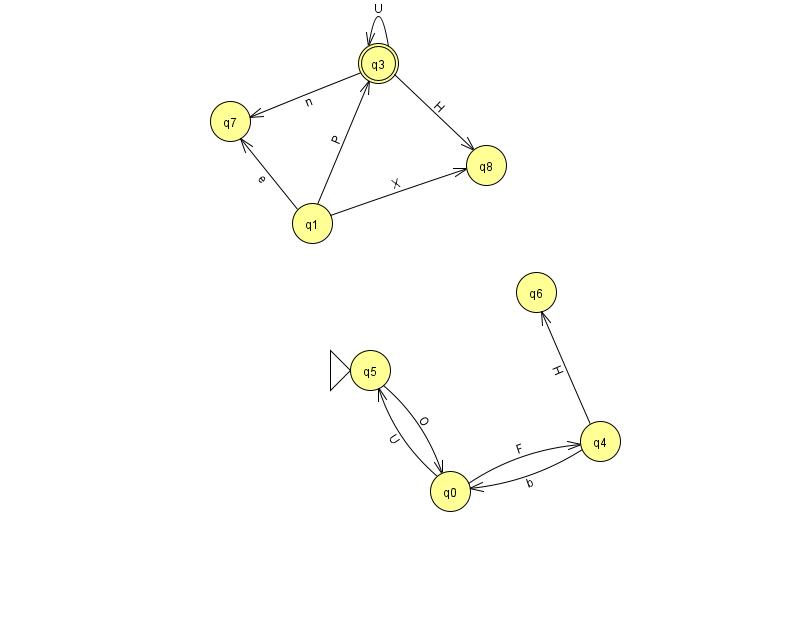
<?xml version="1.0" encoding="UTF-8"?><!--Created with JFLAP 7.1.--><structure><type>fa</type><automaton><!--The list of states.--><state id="0" name="q0"><x>450.0</x><y>478.0</y></state><state id="1" name="q1"><x>312.0</x><y>210.0</y></state><state id="3" name="q3"><x>378.0</x><y>50.0</y><final/></state><state id="4" name="q4"><x>600.0</x><y>428.0</y></state><state id="5" name="q5"><x>370.0</x><y>357.0</y><initial/></state><state id="6" name="q6"><x>536.0</x><y>279.0</y></state><state id="7" name="q7"><x>230.0</x><y>108.0</y></state><state id="8" name="q8"><x>486.0</x><y>152.0</y></state><!--The list of transitions.--><transition><from>1</from><to>8</to><read>X</read></transition><transition><from>3</from><to>7</to><read>n</read></transition><transition><from>3</from><to>3</to><read>U</read></transition><transition><from>5</from><to>0</to><read>O</read></transition><transition><from>3</from><to>8</to><read>H</read></transition><transition><from>1</from><to>3</to><read>P</read></transition><transition><from>0</from><to>4</to><read>F</read></transition><transition><from>1</from><to>7</to><read>e</read></transition><transition><from>4</from><to>0</to><read>b</read></transition><transition><from>0</from><to>5</to><read>U</read></transition><transition><from>4</from><to>6</to><read>H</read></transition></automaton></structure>